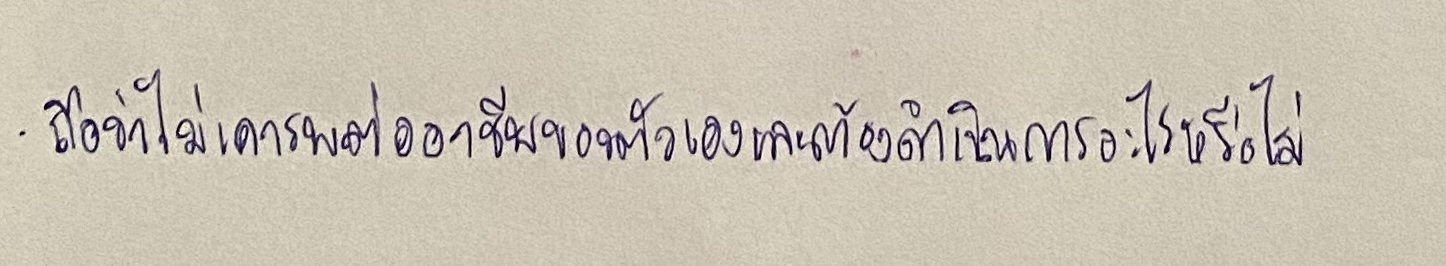
ถือว่าไม่เคารพต่ออาชีพของตัวเองและต้องดำเนินการอะไรหรือไม่